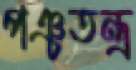
পঞ্চতন্ত্র